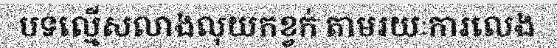
បទល្មើសលាងលុយកខ្វក់ តាមរយៈការលេង